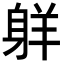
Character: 𦎒